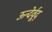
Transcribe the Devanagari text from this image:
ऊन्देर्वूद्